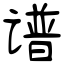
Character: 谱